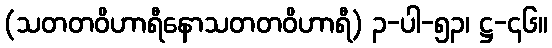
(သတတဝိဟာရီနောသတတဝိဟာရီ) ၃-ပါ-၅၃၊ ဋ္ဌ-၄၆။